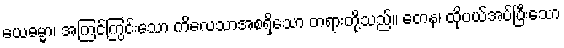
ယေဓမ္မာ၊ အကြင်ကြွင်းသော ကိလေသာအစရှိသော တရားတို့သည်။ တေန၊ ထိုပယ်အပ်ပြီးသော